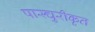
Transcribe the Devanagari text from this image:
पास्चुरीकृत